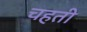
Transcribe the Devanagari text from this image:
चहती